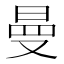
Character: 曼